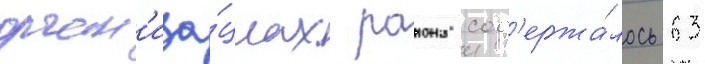
орган'иза́циах раиона сод'ержа́лось 63